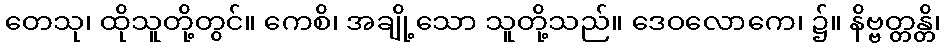
တေသု၊ ထိုသူတို့တွင်။ ကေစိ၊ အချို့သော သူတို့သည်။ ဒေဝလောကေ၊ ၌။ နိဗ္ဗတ္တန္တိ၊